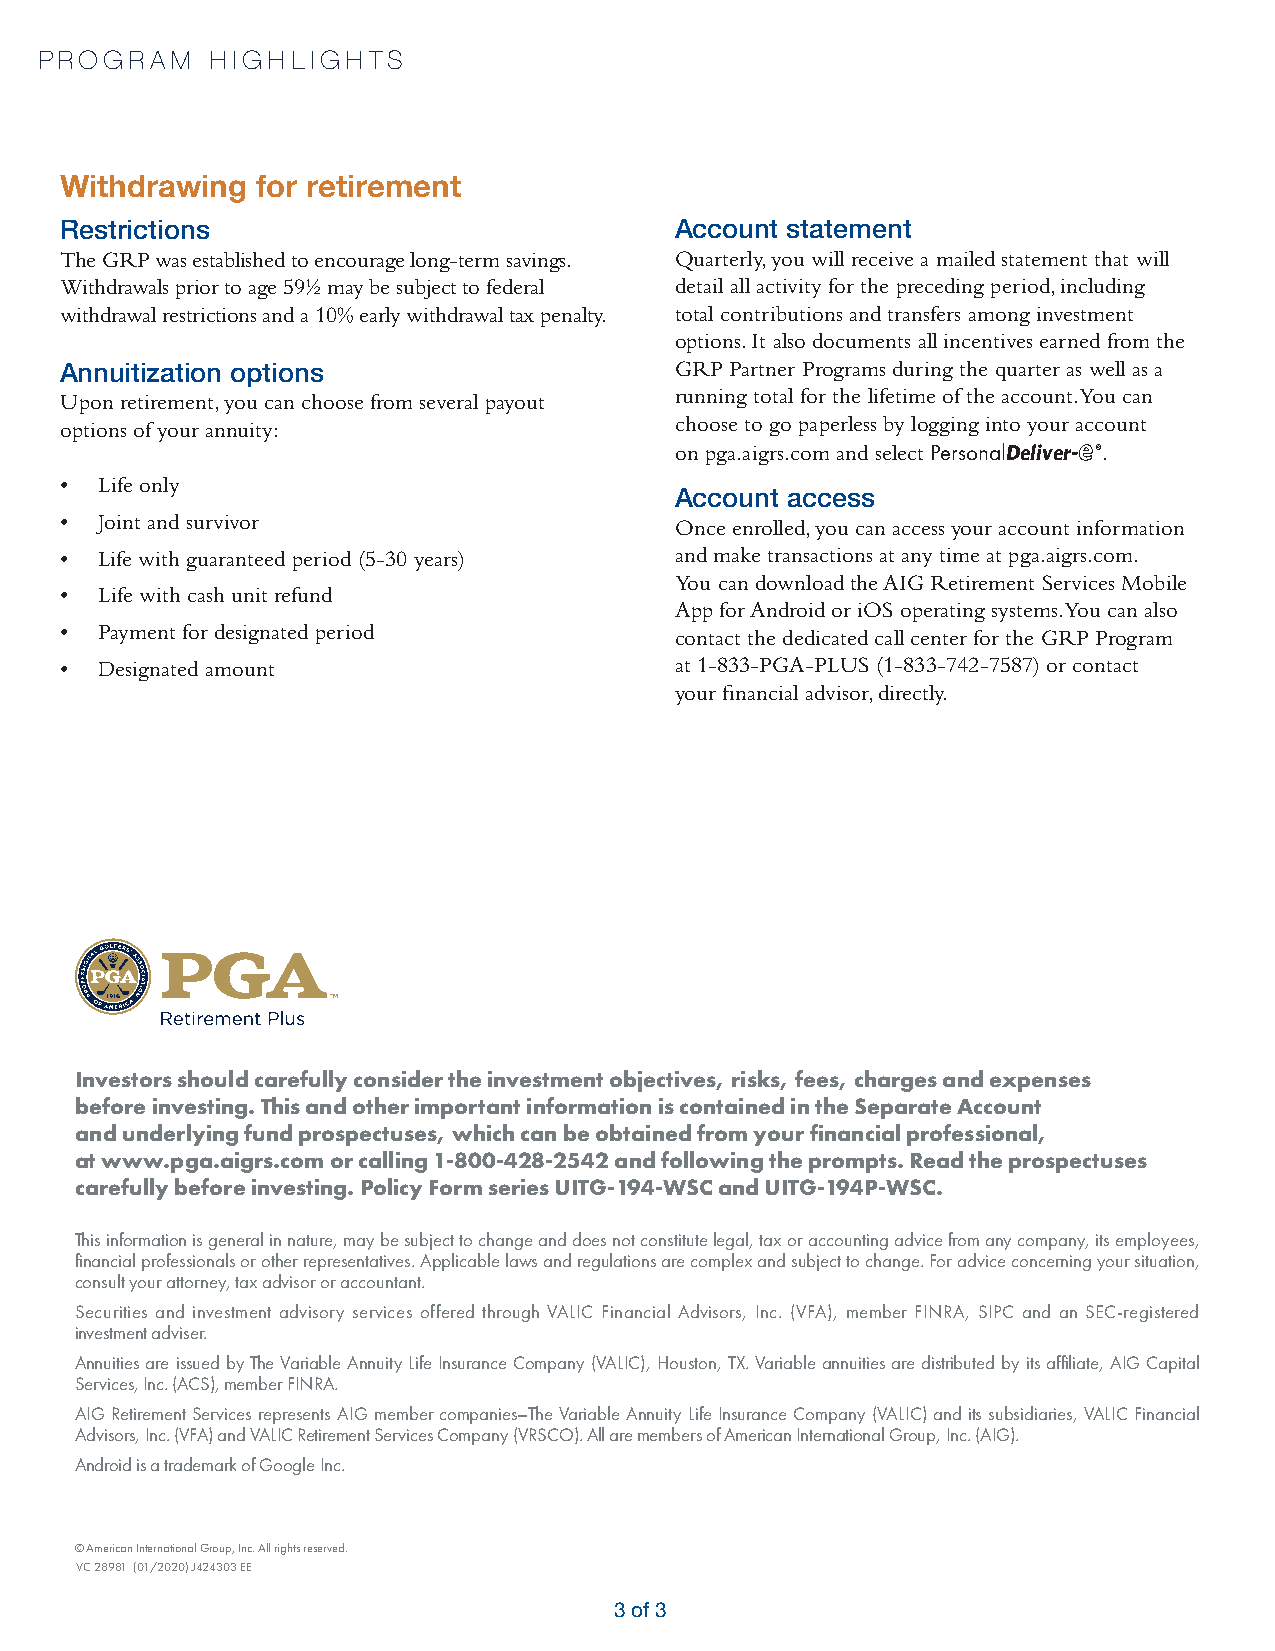
PROGRAM     HIGHLIGHTS
 Withdrawing  for retirement
 Restrictions                             Account statement
 The GRP was established to encourage long-term savings. Quarterly, you will receive a mailed statement that will
 Withdrawals prior to age 59½ may be subject to federal detail all activity for the preceding period, including
 withdrawal restrictions and a 10% early withdrawal tax penalty. total contributions and transfers among investment
 options. It also documents all incentives earned from the
 Annuitization options                    GRP Partner Programs during the quarter as well as a
 Upon retirement, you can choose from several payout running total for the lifetime of the account. You can
 options of your annuity:                 choose to go paperless by logging into your account
 on pga.aigrs.com and select PersonalDeliver- ®.
 • Life only
 Account access
 • Joint and survivor                     Once enrolled, you can access your account information
 • Life with guaranteed period (5-30 years) and make transactions at any time at pga.aigrs.com.
 You can download the AIG Retirement Services Mobile
 • Life with cash unit refund
 App for Android or iOS operating systems. You can also
 • Payment for designated period          contact the dedicated call center for the GRP Program
 • Designated amount                      at 1-833-PGA-PLUS (1-833-742-7587) or contact
 your financial advisor, directly.
 Investors should carefully consider the investment objectives, risks, fees, charges and expenses
 before investing. This and other important information is contained in the Separate Account
 and underlying fund prospectuses, which can be obtained from your financial professional,
 at www.pga.aigrs.com or calling 1-800-428-2542 and following the prompts. Read the prospectuses
 carefully before investing. Policy Form series UITG-194-WSC and UITG-194P-WSC.
 This information is general in nature, may be subject to change and does not constitute legal, tax or accounting advice from any company, its employees,
 financial professionals or other representatives. Applicable laws and regulations are complex and subject to change. For advice concerning your situation,
 consult your attorney, tax advisor or accountant.
 Securities and investment advisory services offered through VALIC Financial Advisors, Inc. (VFA), member FINRA, SIPC and an SEC-registered
 investment adviser.
 Annuities are issued by The Variable Annuity Life Insurance Company (VALIC), Houston, TX. Variable annuities are distributed by its affiliate, AIG Capital
 Services, Inc. (ACS), member FINRA.
 AIG Retirement Services represents AIG member companies–The Variable Annuity Life Insurance Company (VALIC) and its subsidiaries, VALIC Financial
 Advisors, Inc. (VFA) and VALIC Retirement Services Company (VRSCO). All are members of American International Group, Inc. (AIG).
 Android is a trademark of Google Inc.
 © American International Group, Inc. All rights reserved.
 V C 2 8 9 8 1 (01/2020) J424303 EE
 3 of 3